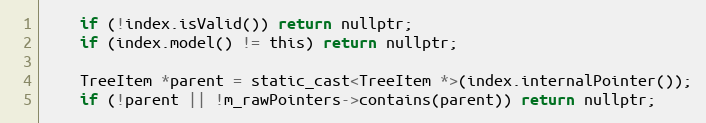
Language: C
    if (!index.isValid()) return nullptr;
    if (index.model() != this) return nullptr;

    TreeItem *parent = static_cast<TreeItem *>(index.internalPointer());
    if (!parent || !m_rawPointers->contains(parent)) return nullptr;